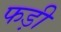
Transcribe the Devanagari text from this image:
फड़ी